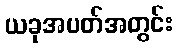
ယခုအပတ်အတွင်း